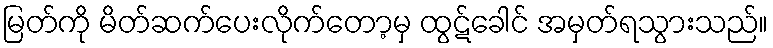
မြတ်ကို မိတ်ဆက်ပေးလိုက်တော့မှ ထွဋ်ခေါင် အမှတ်ရသွားသည်။